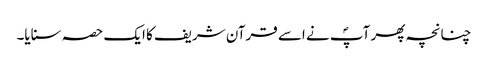
چنانچہ پھر آپؐ نے اسے قرآن شریف کا ایک حصہ سنایا۔